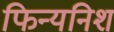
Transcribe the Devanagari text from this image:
फिन्यनिश